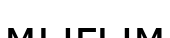
мығым